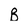
Character: B